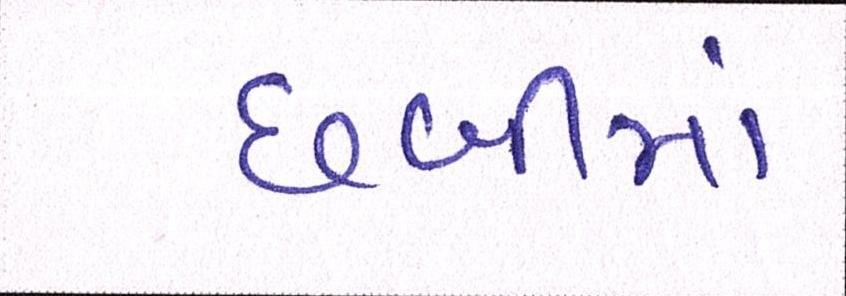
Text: છબીમાં